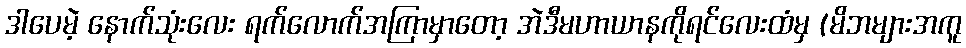
ဒါပေမဲ့ နောက်သုံးလေး ရက်လောက်အကြာမှာတော့ အဲဒီမဟာယာနကိုရင်လေးထံမှ (မိဘများအကူ